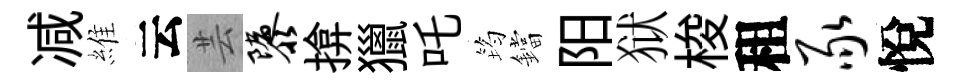
减維云芸隳揜獵吒筠鐺阳狱梭租豕悅